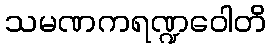
သမဏကရဏ္ဍဝေါတိ